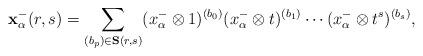
LaTeX: \begin{align*}\mathbf{x}^{-}_{\alpha}(r,s)=\sum_{(b_p)\in\mathbf{S}(r,s)} (x^{-}_{\alpha} \otimes 1)^{(b_0)}(x^{-}_{\alpha} \otimes t)^{(b_1)}\cdots(x^{-}_{\alpha} \otimes t^s)^{(b_s)},\end{align*}